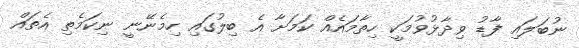
ނުބަލައި ފާޑު ވިދާޅުވުމަކީ ހިތާމައެއް ކަމަށާ އެ ބިލުގައި ހިމެނޭނީ ނިކަމެތި އެތައް